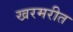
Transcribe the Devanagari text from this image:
खरमरीत